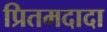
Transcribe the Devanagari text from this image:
प्रितमदादा